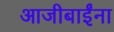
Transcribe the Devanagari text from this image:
आजीबाईंना